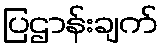
ပြဌာန်းချက်